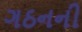
ગઠનની